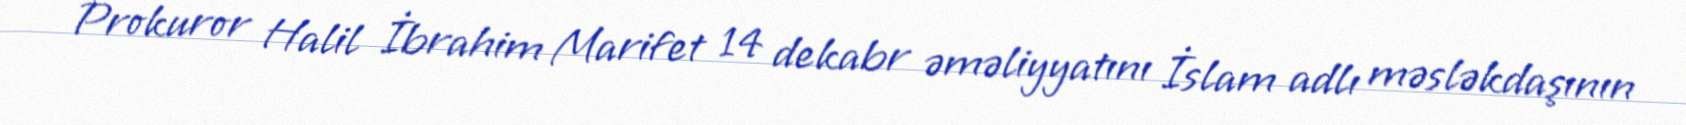
Prokuror Halil İbrahim Marifet 14 dekabr əməliyyatını İslam adlı məsləkdaşının